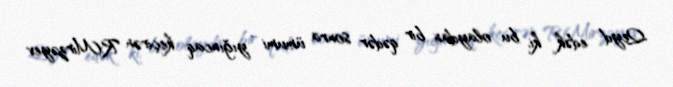
Qeyd edək ki, bu olaydan bir qədər sonra ümumi yığıncaq keçirən R.Mirzəyev